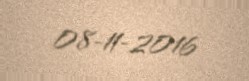
08-11-2016